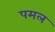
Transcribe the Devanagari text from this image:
पमल